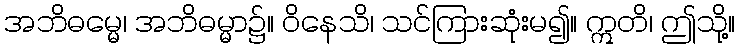
အဘိဓမ္မေ၊ အဘိဓမ္မာ၌။ ဝိနေသိ၊ သင်ကြားဆုံးမ၍။ ဣတိ၊ ဤသို့။